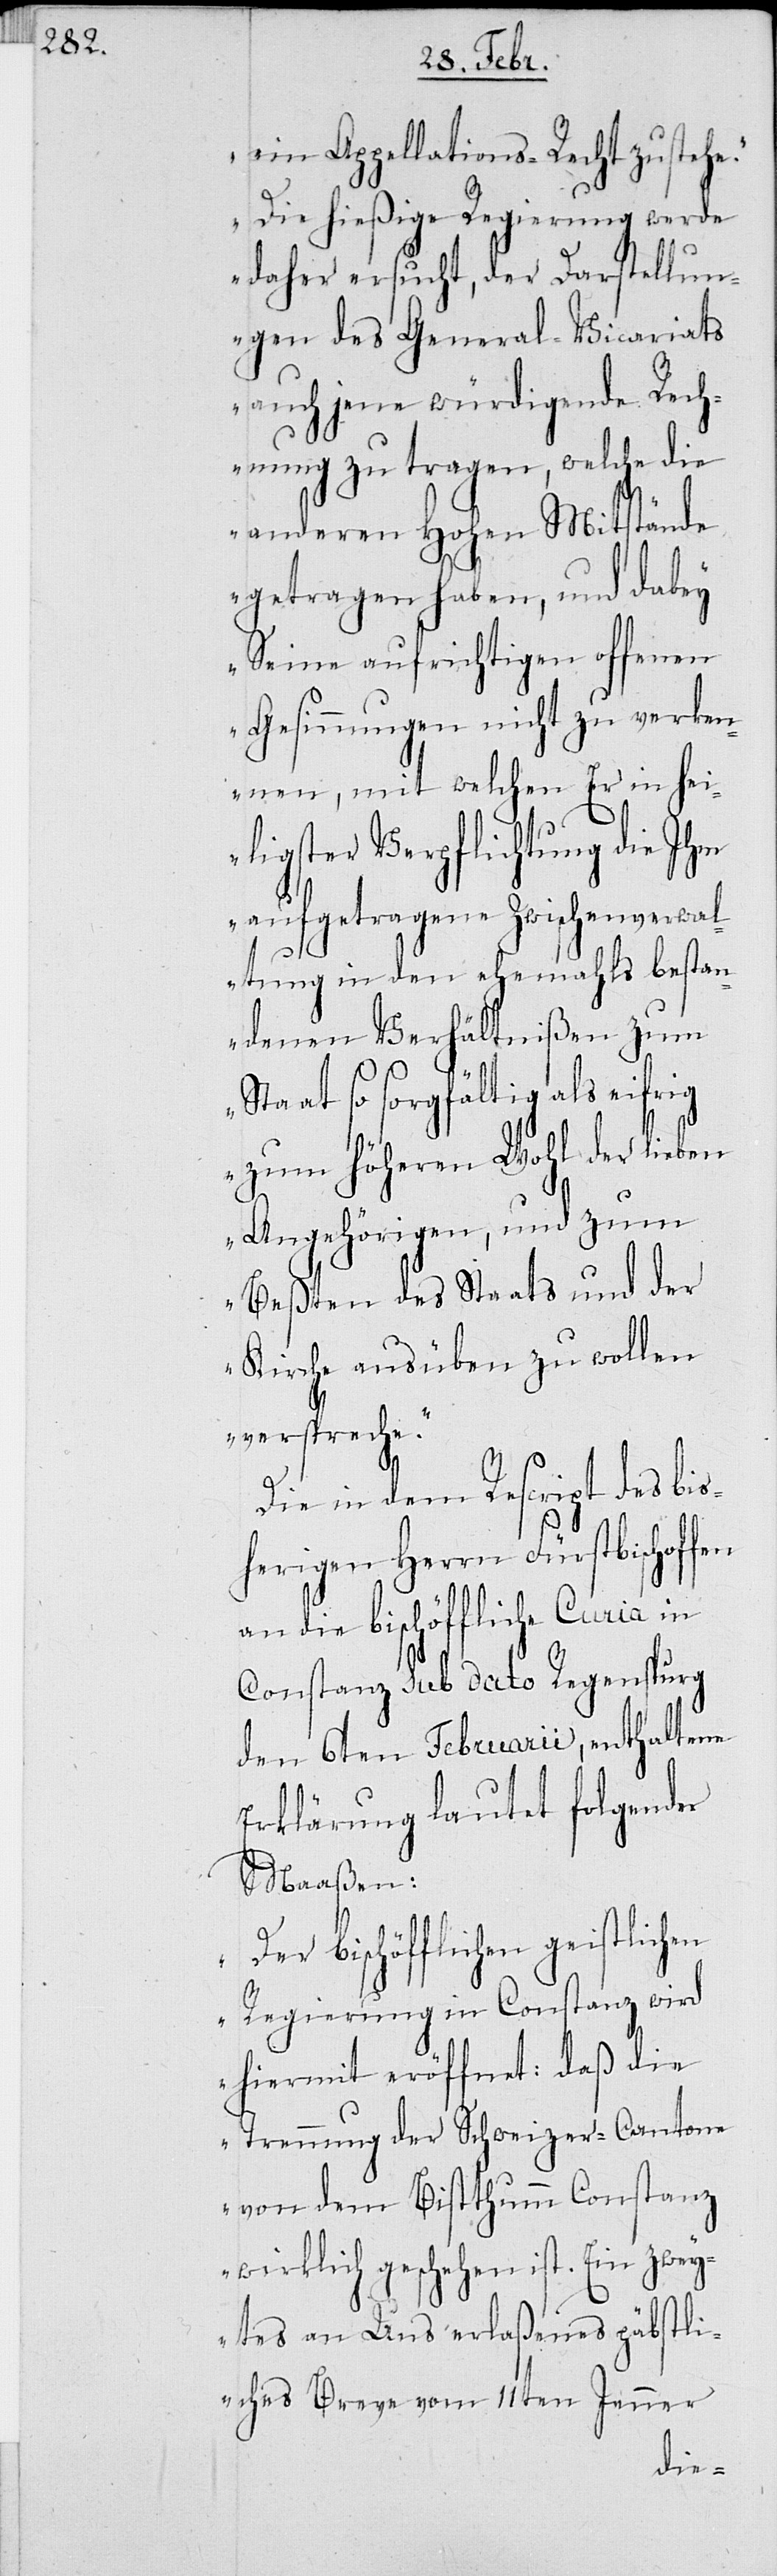
ein Appelations-Recht zustehe.
Die hießige Regierung werde
daher ersucht, der Darstellun¬
gen des General-Vicariats
auch jene würdigende Rech¬
nung zu tragen, welche die
anderen Hohen Mitstände
getragen haben, und dabey
Seine aufrichtigen offenen
Gesinnungen nicht zu verken¬
nen, mit welchen Er in hei¬
ligster Verpflichtung die Ihm
aufgetragene Zwischenverwal¬
tung in den ehemals bestan¬
denen Verhältnißen zum
Staat so sorgfältig als eifrig
zum Höheren Wohl der lieben
Angehörigen, und zum
Besten des Staats und der
Kirche ausüben zu wollen
verspreche.“
Die in dem Rescript des bis¬
herigen Herrn Fürstbischoffen
an die bischöffliche Curia in
Constanz sub dato Regenspurg
den 6ten Februraii, enthaltene
Erklärung lautet folgender
Maaßen:
bischöfflichen geistlichen
Regierung in Constanz wird
hiermit eröffnet: daß die
Trennung der Schweizer-Cantone
von dem Bistthumm Constanz
wirklich geschehen ist. Ein zwey¬
tes an Uns erlaßenes päbstli¬
ches Breve vom 11ten Jenner